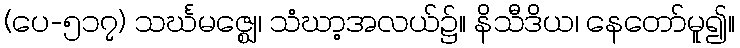
(ပေ-၅၁၇) သင်္ဃမဇ္ဈေ၊ သံဃာ့အလယ်၌။ နိသီဒိယ၊ နေတော်မူ၍။